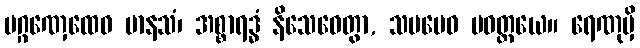
ပဂ္ဂဏှေထေဝ မာနသံ၊ အစ္စာရဒ္ဓံ နိသေဓေတွာ, သမမေဝ ပဝတ္တယေ။ ရေဏုမှိ